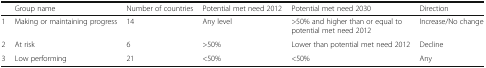
<table><thead><tr><td></td><td><b>Group name</b></td><td><b>Number of countries</b></td><td><b>Potential met need 2012</b></td><td><b>Potential met need 2030</b></td><td><b>Direction</b></td></tr></thead><tbody><tr><td>1</td><td>Making or maintaining progress</td><td>14</td><td>Any level</td><td>&gt;50% and higher than or equal to potential met need 2012</td><td>Increase/No change</td></tr><tr><td>2</td><td>At risk</td><td>6</td><td>&gt;50%</td><td>Lower than potential met need 2012</td><td>Decline</td></tr><tr><td>3</td><td>Low performing</td><td>21</td><td>&lt;50%</td><td>&lt;50%</td><td>Any</td></tr></tbody></table>